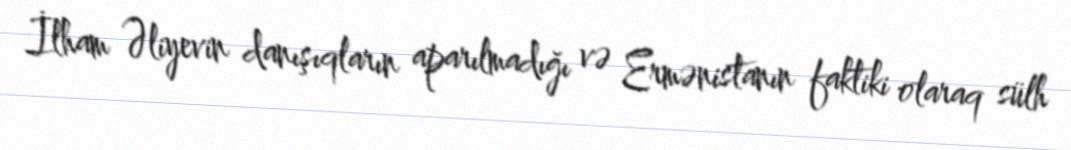
İlham Əliyevin danışıqların aparılmadığı və Ermənistanın faktiki olaraq sülh